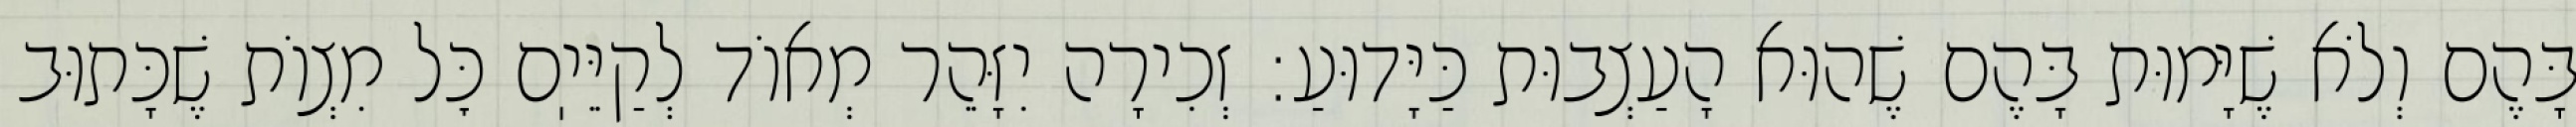
בָּהֶם וְלֹא שֶׁיָּמוּת בָּהֶם שֶׁהוּא הָעַצְבוּת כַּיָּדוּעַ: זְכִירָה יִזָּהֵר מְאוֹד לְקַיֵּיֽם כׇּל מִצְוֹת שֶׁכָּתוּב